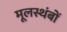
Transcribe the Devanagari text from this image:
मूलस्थंबों